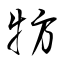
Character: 牥